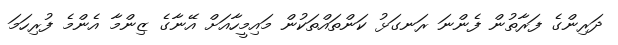
ދަރިންގެ ފަރާތުން ފެންނަ ރަނގަޅު ކަންތައްތަކުން މައިމީހާއަށް އޭނާގެ ޒިންމާ އެންމެ ފުރިހަމަ